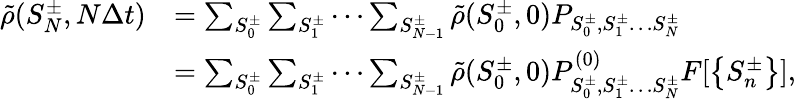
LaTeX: \begin{array}{rl}{\tilde{\rho}(S_{N}^{\pm},N\Delta t)}&{=\sum_{S_{0}^{\pm}}\sum_{S_{1}^{\pm}}\cdots\sum_{S_{N-1}^{\pm}}\tilde{\rho}(S_{0}^{\pm},0)P_{S_{0}^{\pm},S_{1}^{\pm}\ldots S_{N}^{\pm}}}\\ &{=\sum_{S_{0}^{\pm}}\sum_{S_{1}^{\pm}}\cdots\sum_{S_{N-1}^{\pm}}\tilde{\rho}(S_{0}^{\pm},0)P_{S_{0}^{\pm},S_{1}^{\pm}\ldots S_{N}^{\pm}}^{(0)}F[\left\{ S_{n}^{\pm}\right\} ],}\end{array}